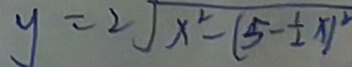
y = 2 \sqrt { x ^ { 2 } - ( 5 - \frac { 1 } { 2 } x ) ^ { 2 } }